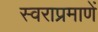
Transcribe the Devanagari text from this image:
स्वराप्रमाणें